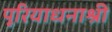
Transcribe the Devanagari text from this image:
पूरियाधनाश्री